Indian journal of veterinary science and animal husbandry - Volume 3,
Year: 1933
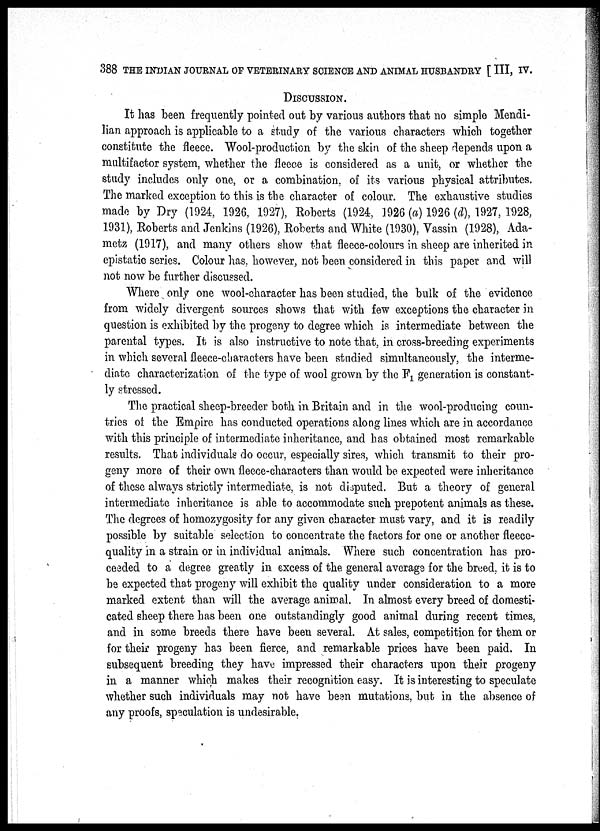
388 THE INDIAN JOURNAL OF VETERINARY SCIENCE AND ANIMAL HUSBANDRY [ III, IV.
DISCUSSION.
It has been frequently pointed out by various authors that no simple Mendi-
lian approach is applicable to a study of the various characters which together
constitute the fleece. Wool-production by the skin of the sheep depends upon a
multifactor system, whether the fleece is considered as a unit, or whether the
study includes only one, or a combination, of its various physical attributes.
The marked exception to this is the character of colour. The exhaustive studies
made by Dry (1924, 1926, 1927), Roberts (1924, 1926 (a) 1926 (d), 1927, 1928,
1931), Roberts and Jenkins (1926), Roberts and White (1930), Vassin (1928), Ada-
metz (1917), and many others show that fleece-colours in sheep are inherited in
epistatic series. Colour has, however, not been considered in this paper and will
not now be further discussed.
Where only one wool-character has been studied, the bulk of the evidence
from widely divergent sources shows that with few exceptions the character in
question is exhibited by the progeny to degree which is intermediate between the
parental types. It is also instructive to note that, in cross-breeding experiments
in which several fleece-characters have been studied simultaneously, the interme-
diate characterization of the type of wool grown by the F 1 generation is constant-
ly stressed.
The practical sheep-breeder both in Britain and in the wool-producing coun-
tries of the Empire has conducted operations along lines which are in accordance
with this principle of intermediate inheritance, and has obtained most remarkable
results. That individuals do occur, especially sires, which transmit to their pro-
geny more of their own fleece-characters than would be expected were inheritance
of these always strictly intermediate, is not disputed. But a theory of general
intermediate inheritance is able to accommodate such prepotent animals as these.
The degrees of homozygosity for any given character must vary, and it is readily
possible by suitable selection to concentrate the factors for one or another fleece-
quality in a strain or in individual animals. Where such concentration has pro-
ceeded to a degree greatly in excess of the general average for the breed, it is to
be expected that progeny will exhibit the quality under consideration to a more
marked extent than will the average animal. In almost every breed of domesti-
cated sheep there has been one outstandingly good animal during recent times,
and in some breeds there have been several. At sales, competition for them or
for their progeny has been fierce, and remarkable prices have been paid. In
subsequent breeding they have impressed their characters upon their progeny
in a manner which makes their recognition easy. It is interesting to speculate
whether such individuals may not have been mutations, but in the absence of
any proofs, speculation is undesirable.